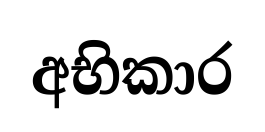
අභිකාර